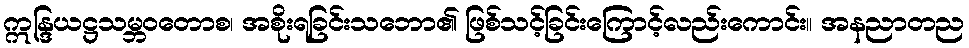
ဣန္ဒြယဋ္ဌသမ္ဘဝတောစ၊ အစိုးရခြင်းသဘော၏ ဖြစ်သင့်ခြင်းကြောင့်လည်းကောင်း။ အနညာတည